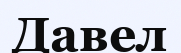
Давел